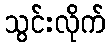
သွင်းလိုက်